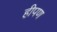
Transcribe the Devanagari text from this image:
हीपण